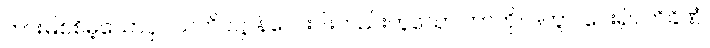
တားမြစ်စိမ့်သောငှာ သတိပဋ္ဌာန်လေးပါးတည်းဟူသော ကာကို။ ဒတွာ၊ ပေး၍။ တိခိဏံ၊